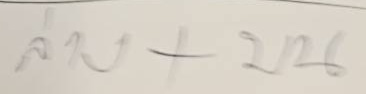
ล่าง + บน